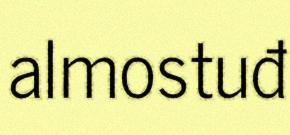
almostuđ